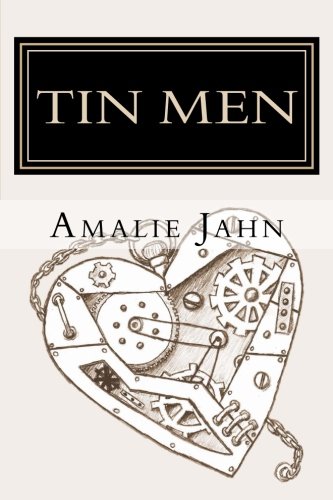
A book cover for Tin Men (The Clay Lion Series) (Volume 2); Amalie Jahn; Science Fiction & Fantasy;